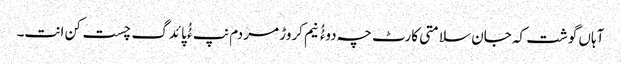
آہاں گوشت کہ جان سلامتی کارٹ چہ دوءُُ نیم کروڑ مردم نپ ءُُ پائدگ چست کن انت۔